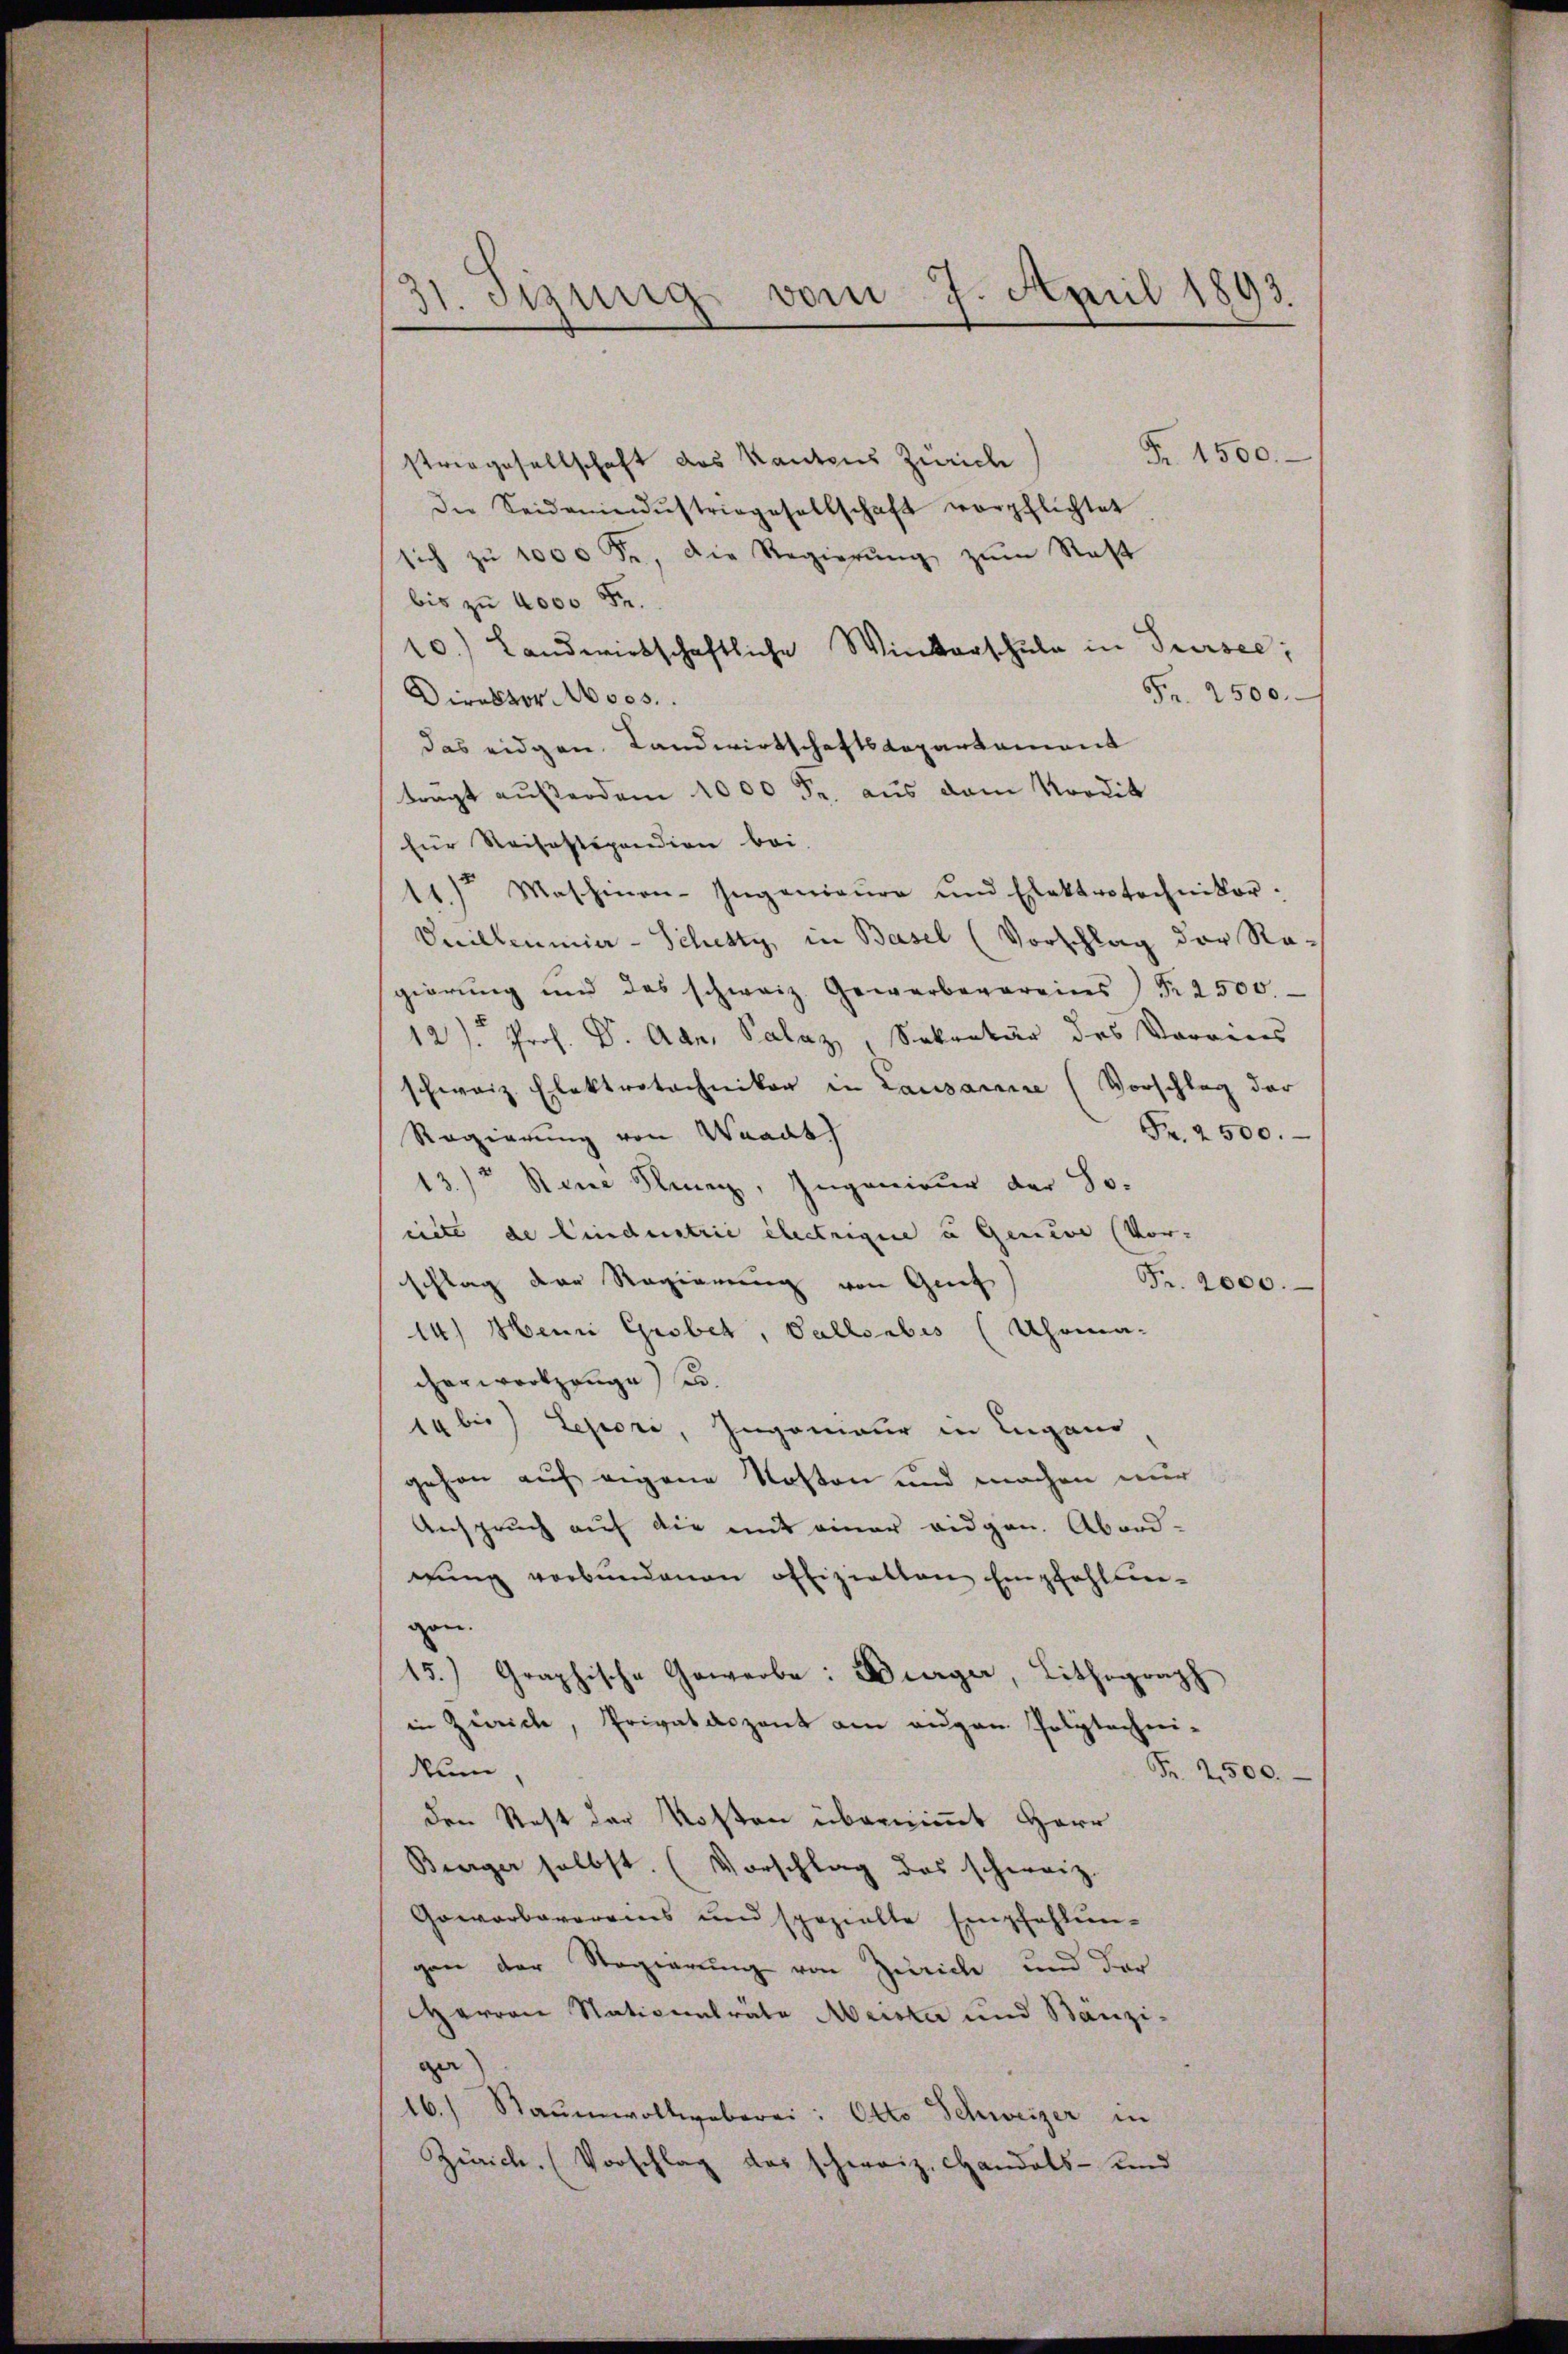
1. Stung vom 7. April 1893.

Fr. 1500.
strengesellschaft des Kantons Zürich
die Seideninndŭstriegesellschaft verpflichtet
sich zŭ 1000 Fr. die Regierŭng zŭm Rast
bis zu 4000 Fr.
10.) Landwirtschaftliche Winterschule in Sursee,
Fr. 2500.
Direktor Moos.
das eidgen. Landwirtschaftsdepartement
trägt außerdem 1000 Fr. aus dem Nordit
für Reisostipendion bei
 Maschinen-Ingenieure und Elektrotechniker.
Vnilleumier-Schetty, in Basel (Vorschlag der Ra-
gierung und des schweiz. Gewerbevereins Nr. 2500
12). Prof. Dr. Adn. Palaz, Sekretär des Vorrens
schweiz. Elektrotechniker in Lausare (Vorschlag der
Fr. 2500.
Regierung von Waadt
13) Stene Sieg, Ingenieur der So
eiete de Lindustrie electrigue u Geneve (Vor-
schlag der Regierung von Gref
Fr. 2000.
14.) Henni Grobet, Valls bis (Uhrma-
cherwerkzeuge) u.
14 bis Legioni, Ingenieur in Lugano
gehen auf eigene Kosten und machen nur
Anspruch auf die mit einer eidgen. Abord-
gŭng verbundenen offizielten Empfahlen-
gen.
15.) Graphische Gewerbe: Bürger, Lithograph
in Zürich, Privatdozent am augen Polytechni-
Num,
Fr. 2500.
den Rest der Kosten übernimmt Herr
Bierger selbst. (Vorschlag das schweiz.
Gowarbarereins und spezielle Empfehlungen der Regierung von Zürich und der
arron Stationalräte Meister und Stanzi-
ger
16.) Staumwollweberei: Otto Schweizer in
Zürich. (Vorschlag das schweiz. Handels- und